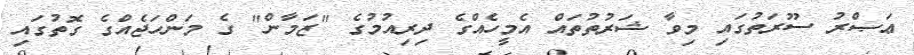
ޢަޞްރު ސޫރަތުގައި މިވާ ޝަރުތުތައް އެމީހެއްގެ ދިރިއުމުގެ "ޒަމާން" ގެ މަންހަޖެއްގެ ގޮތުގައި